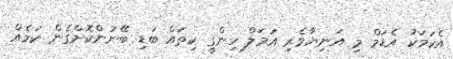
އެކަމަކު އެޑަމް މި އަނިޔާވެރި އަމަލް ހިންގީ ކިތައް ބަޑި ބޭނުންކޮށްގެން ކަމެއް